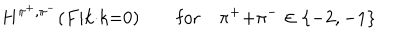
LaTeX: H ^ { \pi ^ { + } , \pi ^ { - } } ( F | k { \cdot } k { = } 0 ) \qquad \mathrm { f o r } \quad \pi ^ { + } { + } \pi ^ { - } \in \{ - 2 , - 1 \}